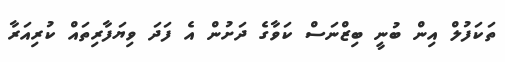
ތަކަފުލް އިން ބުނީ ބިޒްނަސް ކަވާގެ ދަށުން އެ ފަދަ ވިޔަފާރިތައް ކުރިއަރާ